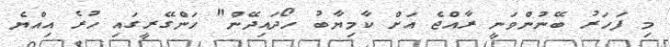
މި ފަހަރު ބޭނުންވަނީ ރާއްޖެ އަށް ކާމިޔާބު ހޯދައިދޭން" ހަންގޭރީގައި ހުރެ އިއްޔެ